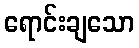
ရောင်းချသော